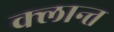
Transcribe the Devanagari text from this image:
क्लान्त